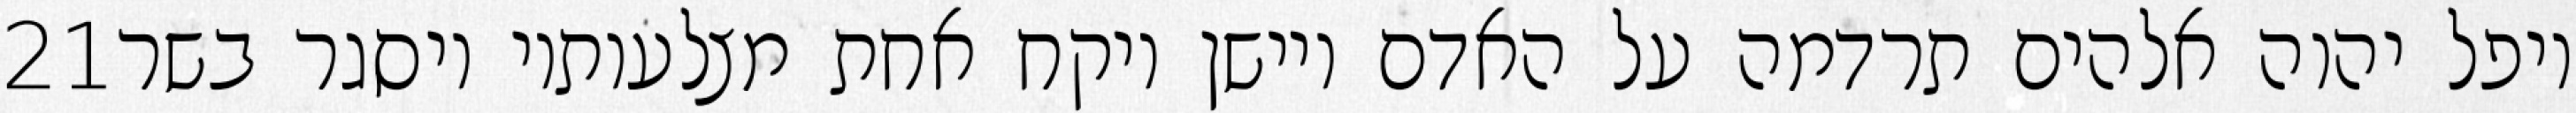
‎21‏ ויפל יהוה אלהים תרדמה על האדם ויישן ויקח אחת מצלעותיו ויסגר בשר